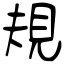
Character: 規